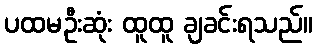
ပထမဦးဆုံး ထူထူ ချခင်းရသည်။